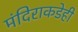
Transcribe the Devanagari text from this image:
मंदिराकडेही